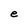
Character: e